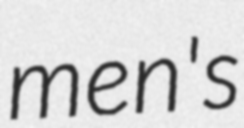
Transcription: men's